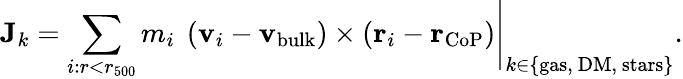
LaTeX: {\mathbf J}_{k}=\sum_{i:r<r_{500}}m_{i}~\left({\mathbf v_{i}}-{\mathbf v_{\mathrm{bulk}}}\right)\times\left({\mathbf r_{i}}-{\mathbf r_{\mathrm{CoP}}}\right)\Bigg|_{k\in\{ \mathrm{gas,~DM,~stars}\} }.